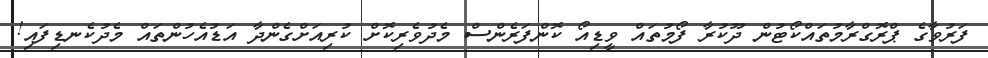
ފަރުވާގެ ޕްރޮގްރާމުތައްކޯޓުން ދޫކުރާ ފޯމުތައް ވީޑިއޯ ކޮންފަރެންސް މެދުވެރިކޮށް ކުރިއަށްގެންދާ އަޑުއެހުންތައް މެދުކެނޑިފައި!